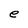
Character: e